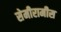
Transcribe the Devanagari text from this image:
सेमीरामीस